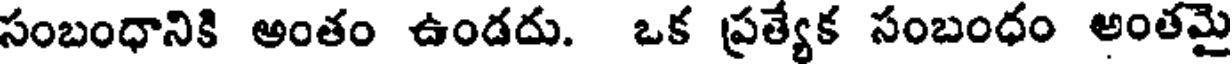
సంబంధానికి అంతం ఉండదు. ఒక ప్రత్యేక సంబంధం అంతమై